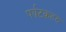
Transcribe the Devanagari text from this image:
पर्य़टकहरु